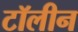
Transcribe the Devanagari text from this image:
टॉलीन